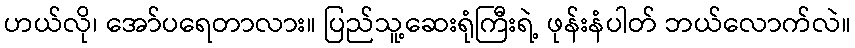
ဟယ်လို၊ အော်ပရေတာလား။ ပြည်သူ့ဆေးရုံကြီးရဲ့ ဖုန်းနံပါတ် ဘယ်လောက်လဲ။